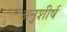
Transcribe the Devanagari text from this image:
अनुशीर्ष